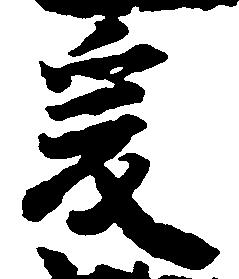
爰